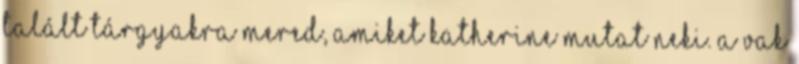
talált tárgyakra mered, amiket Katherine mutat neki. A vak